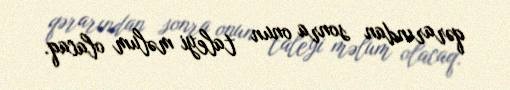
qərarından sonra onun taleyi məlum olacaq.